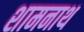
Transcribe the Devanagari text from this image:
शामनाथ